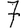
Digit: 7